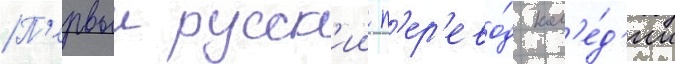
П'ервыи русск'ии п'ер'ево́д ком'е́д'ии